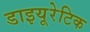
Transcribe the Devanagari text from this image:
डाइयूरेटिक